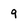
Character: 9